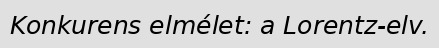
Konkurens elmélet: a Lorentz-elv.